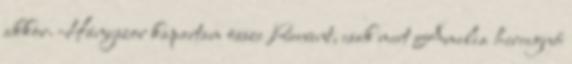
akkor. Hányszor kapartam össze Reevent, csak mert Amelia hercegnő